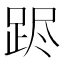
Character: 𲃥